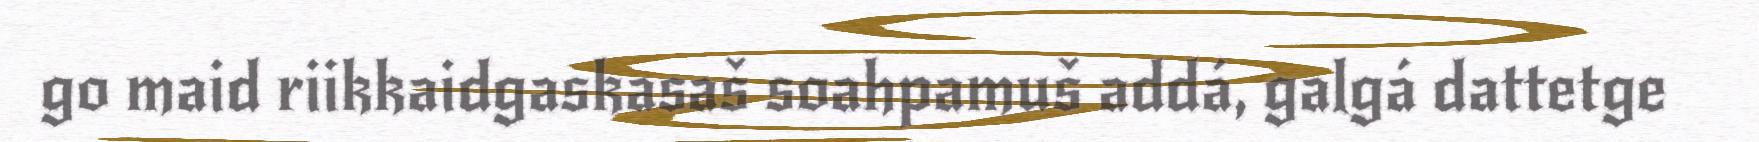
go maid riikkaidgaskasaš soahpamuš addá, galgá dattetge